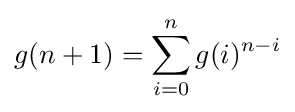
g(n+1)=\sum _{i=0}^{n}g(i)^{n-i}